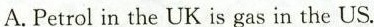
A.Petrol in the UK is gas in the US.